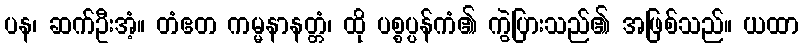
ပန၊ ဆက်ဦးအံ့။ တံဧတ ကမ္မနာနတ္တံ၊ ထို ပစ္စပ္ပန်ကံ၏ ကွဲပြားသည်၏ အဖြစ်သည်။ ယထာ